Janeda_(Ambla)_vallavalitsus, lk 11
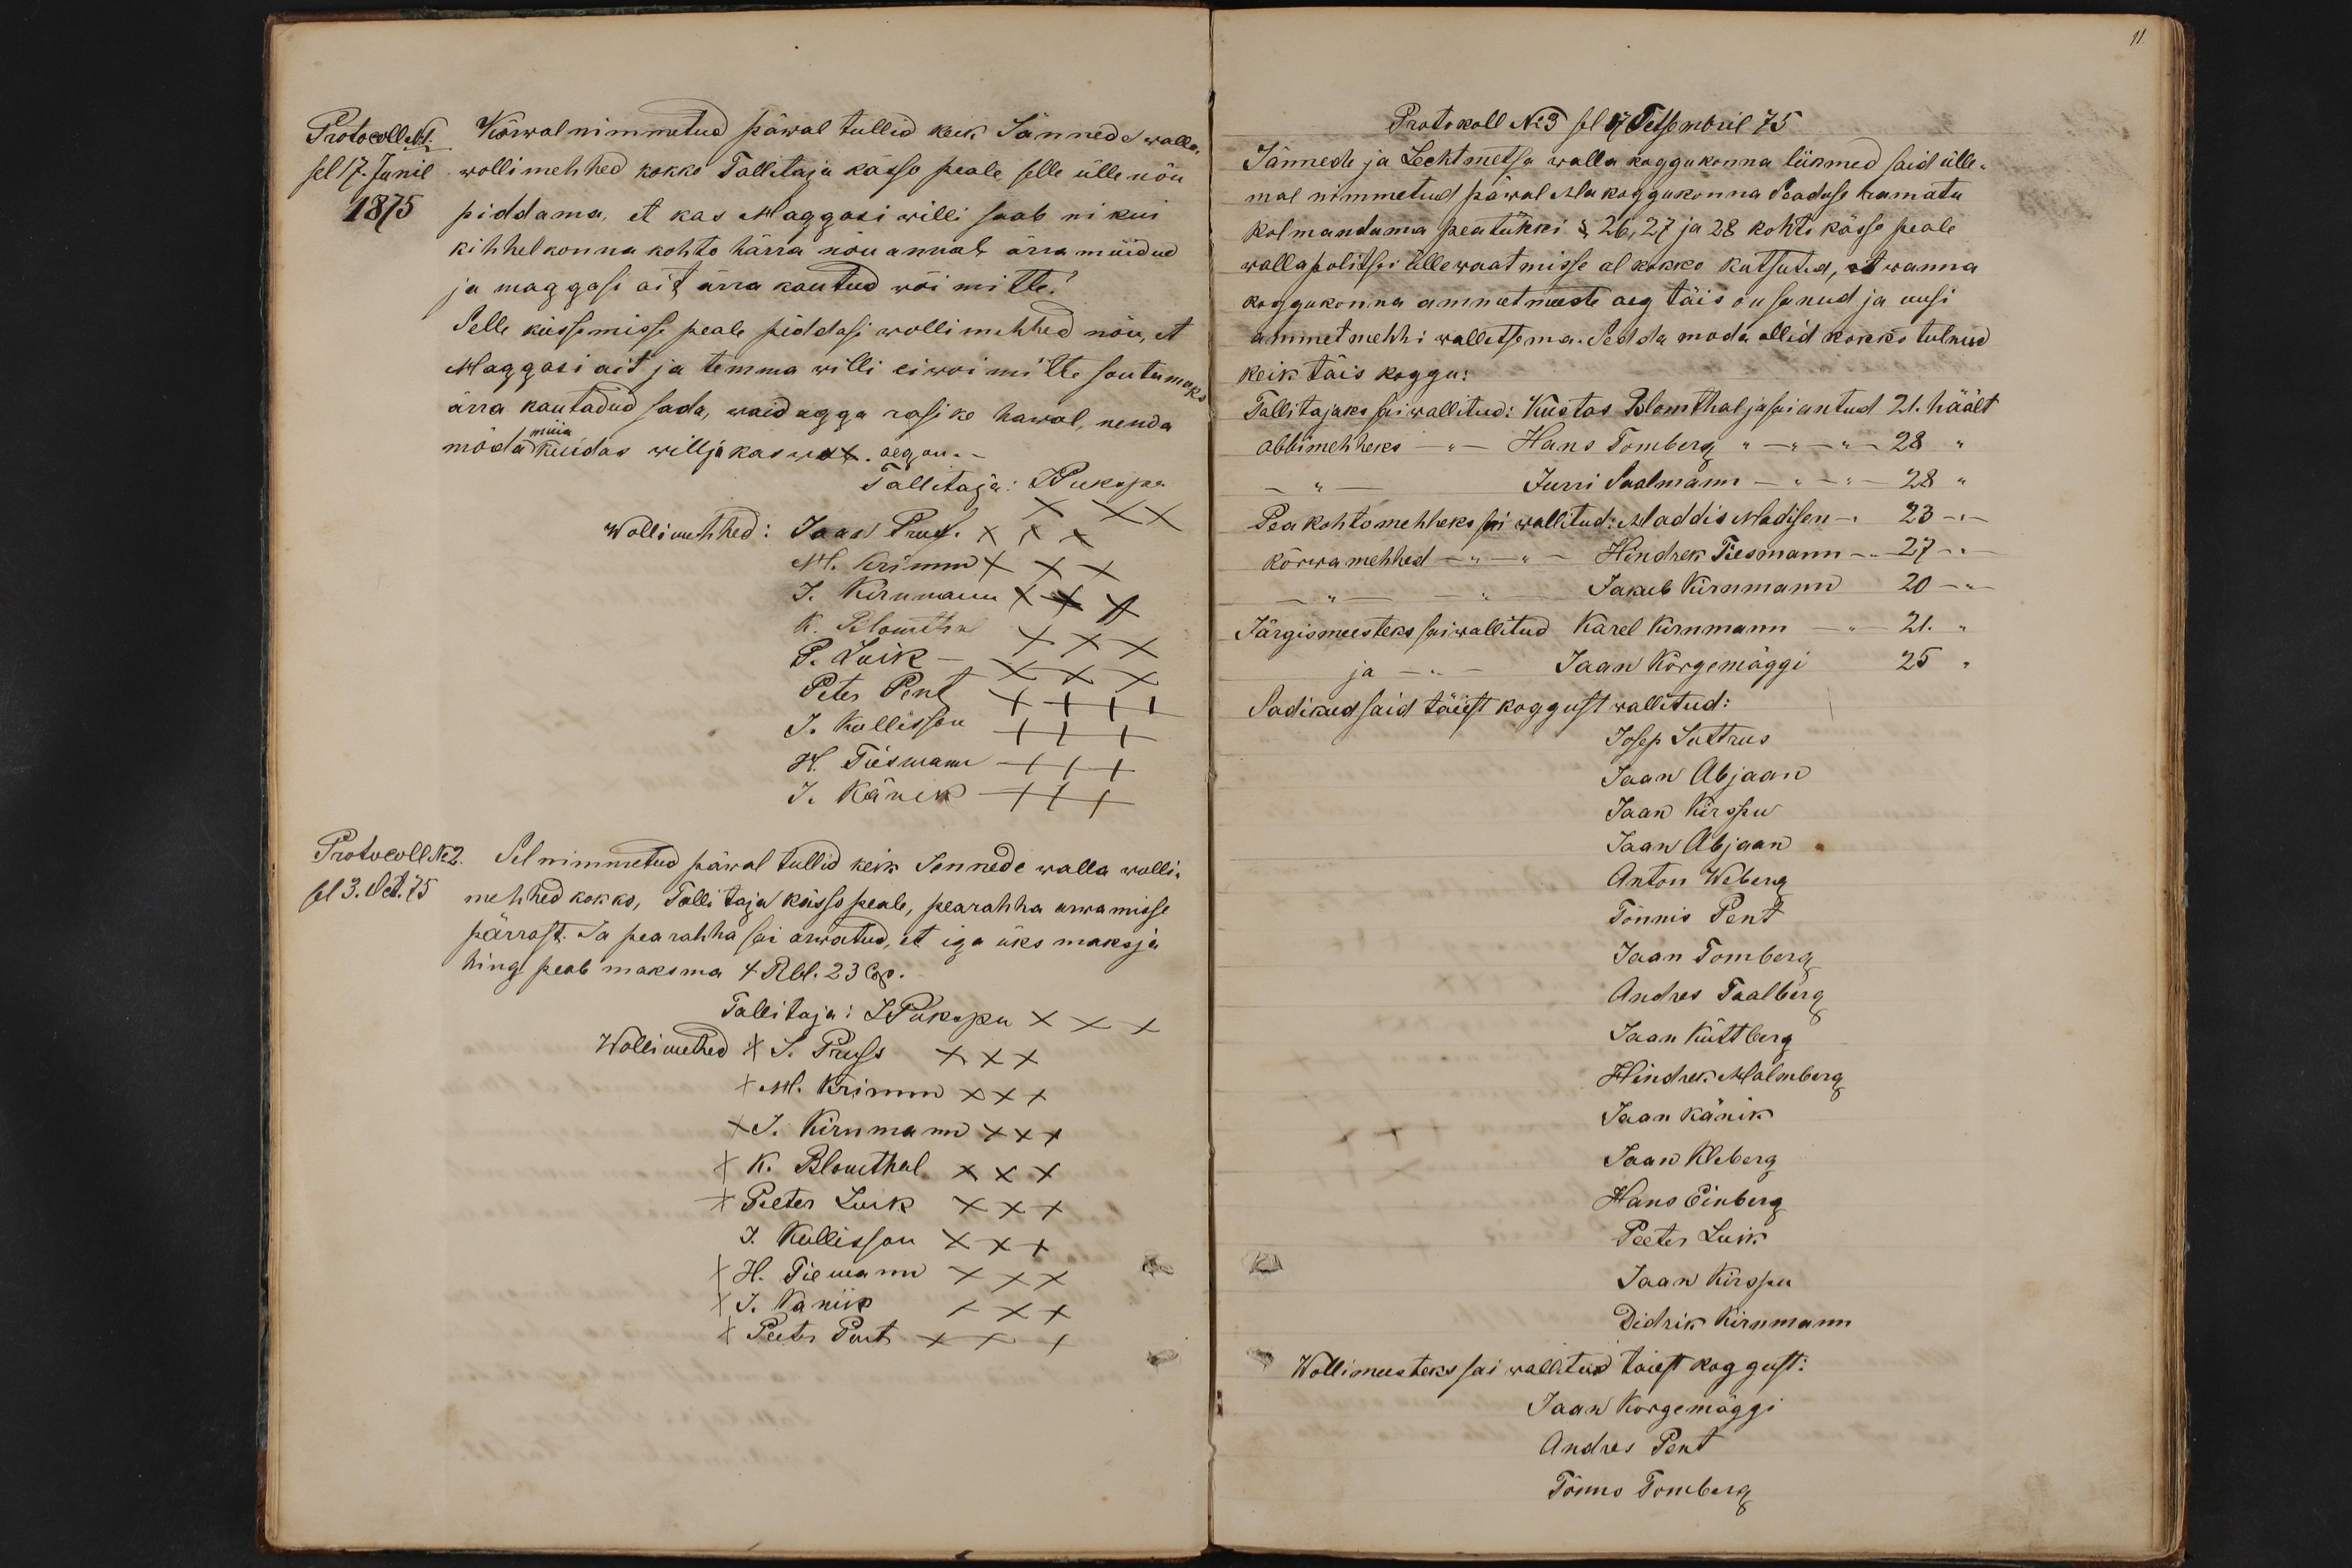
Protocoll No1.
Kõrwal nimmetud päwal tullid keik Jännede walla
sel 17. Junil
wollimehhed kokko Tallitaja kässo peale selle ülle nõu
1875
piddama, et kas Maggasi willi saab ni kui
kihhelkonna kohto härra nõu annab ärra müidud
ja maggasi ait ärra kautud wõi mitte?
Selle küssimisse peale piddasi wollimehhed nõu, et
Maggasi ait ja temma willi ei woi mitte soutumaks
ärra kautadud sada, waid agga rasike hawal, nenda
müia
möda kuidas willja kaswab. aeg on.
Tallitaja: JPukspu
XXX
Wollimehhed: Jaan Pruss. XXX
M. Krimm XXX
J. Kirnmann XXX
K. Blomthal XXX
P. Luik - XXX
Peter Pent X++
J. Kullisson +++
H. Tiesmann +++
J. Känik +++
Protocoll No 2.
Sel nimmetud päwal tullid keik Jennede walla wolli-
sel 3. Oct. 75
mehhed kokko, Tallitaja kässo peale, pearahha arwamisse
pärrast. Ja pearahha sai arwatud, et iga üks maksja
hing peab maksma 4 Rbl. 23 Cop.
Tallitaja: J.Pukspu XXX
Wollimehed + J. Pruss XXX
+ M. Krimm XXX
+ J. Kirnmann XXX
+ K. Blomthal XXX
+ Peeter Luik XXX
J. Kullisson XXX
+ H. Tiemann XXX
+ I. Kaniik XXX
+ Peeter Pent XXX

Protokoll No 3 sel 17 Tetsembril 75
Jännede ja Lechtmetsa walla koggukonna liikmed said ülle-
mal nimmetud päwal Ma koggukonna Seaduse ramatu
kolmandama peatükki § 26, 27 ja 28 kohto kässo peale
wallapolitsei üllewaatmisse al kokko kutsutud, et wanna
koggukonna ammetmeeste aeg täis on sanud ja uusi
ammetmehhi wallitsema. Sedda moda ollid kokko tulnud
keik täis koggu:
Tallitajaks sai wallitud: Kustas Blomthal ja sai antud 21. häält
abbimehheks - " - Hans Tomberg " - " - " - 28 "
- " - Jurri Saalmann - " - " - 28 "
Pea kohtomehheks sai wallitud Maddis Madisen -" 23 - " -
kõrwamehhed - " - " - Hindrek Tiesmann - " - 27 - " -
- " - - " - Jakub Kirnmann 20 - " -
Järgismeesteks sai wallitud Karel Kirnmann - " - 21. "
ja - " - Jaan Kõrgemäggi 25 "
Sadikud said täiest koggust wallitud:
Josep Luttrus
Jaan Abjaan
Jaan Kirspu
Jaan Abjaan
Anton Weberg
Tõnnis Pent
Jaan Tomberg
Andres Taalberg
Jaan Küttberg
Hindrek Malmberg
Jaan Känik
Jaan Kleberg
Hans Einberg
Peeter Luik
Jaan Kirspu
Didrik Kirnmann
Wollimeesteks sai wallitud taiest koggust:
Jaan Korgemäggi
Andres Pent
Tõnno Tomberg